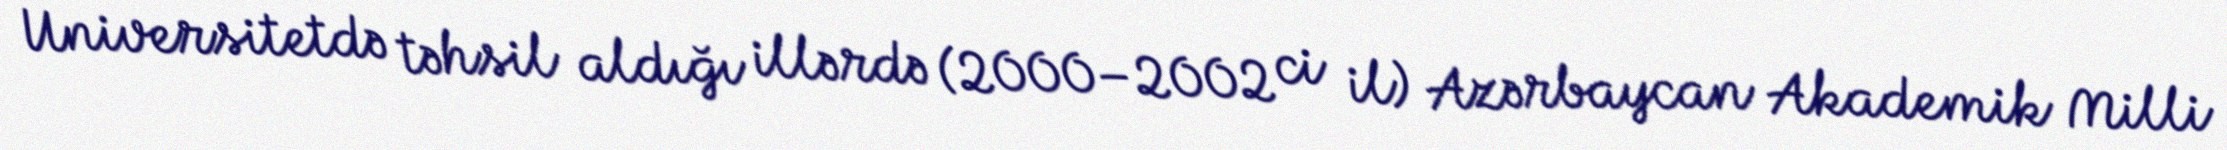
Universitetdə təhsil aldığı illərdə (2000–2002 ci il) Azərbaycan Akademik Milli